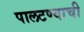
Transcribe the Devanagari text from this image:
पालटण्याची